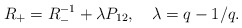
\begin{align*}R_{+}=R_{-}^{-1}+\lambda P_{12},~~~\lambda =q-1/q.\end{align*}